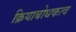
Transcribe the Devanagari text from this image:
क्रियाबोधकत्व